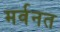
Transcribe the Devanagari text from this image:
मर्वनत